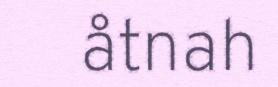
åtnah